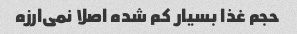
حجم غذا بسیار کم شده اصلا نمی‌ارزه